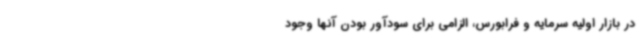
در بازار اولیه سرمایه و فرابورس، الزامی برای سودآور بودن آنها وجود